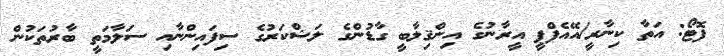
ފޮޓޯ: އަތާ ކިނާރީ/އޭއެފްޕީ އީރާނުގެ އިންޤިލާބީ ގާޑުންގެ ލަޝްކަރުގެ ސިފައިންނާއި ސަލާމަތީ ބާރުތަކުން